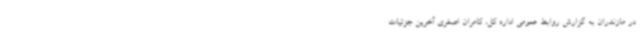
در مازندران به گزارش روابط عمومی اداره کل، کامران اصغری آخرین جزئیات